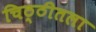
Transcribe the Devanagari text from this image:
चिठ्ठीतला